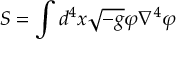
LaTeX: S = \int { d ^ { 4 } x } \sqrt { - g } \varphi \nabla ^ { 4 } \varphi